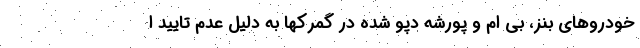
خودروهای بنز، بی ام و پورشه دپو شده در گمرکها به دلیل عدم تایید ا